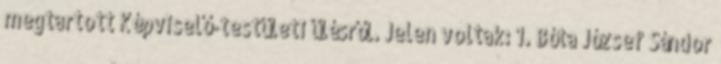
megtartott Képviselő-testületi ülésről. Jelen voltak: 1. Bóta József Sándor